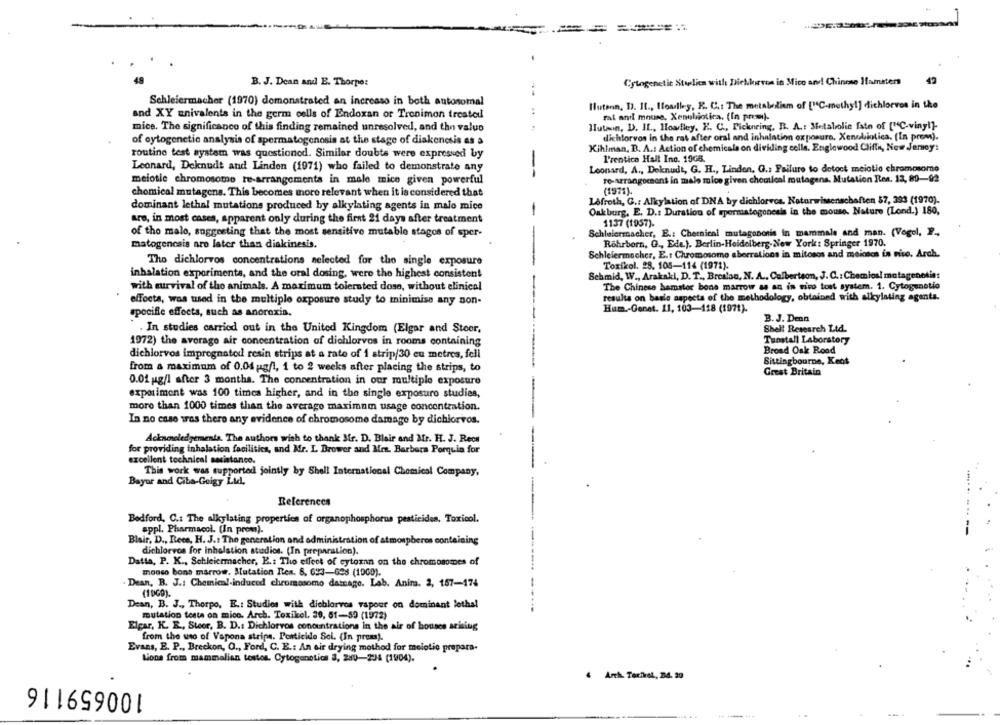
42
B. J. Dean and E. Thorpe:
Cytogenetic Stolica with Diehlorvos in Mico and Chinese Hamsters
Schleiermacher (1970) demonstrated an increase in both autosomal
Hutenn, D. It ., Hoadley, K. C .: The metabolism of ["C-methyl] dichlorvos in the
and XY univalents in the germ cells of Endoxan or Tronimon treatedl
:
ral and mouse, Xenobiotica. (In premi)-
mice. The significance of this finding remained unresolved, and the value
Hutan, D. IL ., Howtley. E. C ., Pickneing, B. A .: Metabolic fate of ["C-viny!]-
dichlorvos in the rat after oral and inhalation exposure, Xenobiotica. [In prom).
of cytogenetic analysis of spermatogenesis at the stage of diakencsis as a
Kihlman, B. A .: Action of chemicals on dividing cells. Englewood Cliffs, New Jersey:
routine test system was questioned. Similar doubts were expressed by
l'rentice Hail Ino. 19GB.
Leonard, Deknudt and Linden (1971) who failed to demonstrate any
--
Leonard, A ., Deknudt, G. H ., Linden. G .: Failure to dotoct meiotio chromosome
meiotic chromosome re-arrangements in male mice given powerful
ro-arrangocsont in malo mice given chemical mutagens. Mutation Res. 13, 89-92
chemical mutagene. This becomes more relevant when it is considered that
(1971).
Lefroth, G .: Alkylation of DNA by dichlorvos. Naturwissenschaften $7, 393 (1970).
dominant lethal mutations produced by alkylating agents in malo mice
Oakburg, E. D .: Duration of spermatogenesis in the mouse. Nature (Lend.) 180,
-
are, in most cases, apparent only during the first 21 days after treatment
1137 (1957).
Schleiermacher, E .: Chernical mutagenoris in mammals and man. (Vogel, P .,
of tho malo, suggesting that the most sensitive mutable stages of sper-
-
matogencais are later than diakinesis.
Röhrborn, G ., Ede.). Berlin-Heidelberg-New York: Springer 1970.
Schleiermacher, E.t Chromosome aberrations in mitosos and meioses in vivo. Arch.
Tho dichlorvos concentrations nelected for the single exposure
Toxikol. 28. 105-114 (1971).
inhalation experiments, and the oral dosing, were the highest consistent
Schmid, W ., Arakaki, D. T ., Brestan, N. A ., Calbertson, J. C .: Chemiosl mutagenetin:
with survival of the animals. A maximum tolerated dose, without elinical
The Chinese hamster bone marrow as an in vivo test system. 1. Cytogunotio
results on basie aspects of the methodology, obtained with alkylating agents.
effects, was tused in the multiple exposure study to minimise any non-
Hum .- Genet. 11, 103-418 (1071).
specific effects, such as anorexia.
B. J. Dean
. In studies carried out in the United Kingdom (Elgar and Stoor,
Shell Research Ltd.
Tunstall Laboratory
1972) the average air concentration of dichlorvos in rooms containing
-----
dichlorvos impregnated resin strips at a rate of 1 strip/30 eu metres, fell
Broad Oak Rood
Sittingbourne, Keot
from a maximum of 0.04 g/l, 1 to 2 weeks after placing the strips, to
Great Britain
0.01 ug/1 after 3 months. The concentration in our multiple exposure
--
experiment was 100 times higher, and in the single exposure studies,
more than 1000 times than the average maximum usage concentration.
In no caso was there any evidence of chromosome damage by dichlorvos.
Acknowledgements. The authors wish to thank Mir. D. Blair and Mr. H. J. Recs
for providing inhalation facilities, and Mr. L Brower and Mrs. Barbara Porquin for
excellent technical assistance.
This work was supported jointly by Shell International Chemical Company,
Bayer and Ciba-Geigy Lid,
References
Bedford, C .: The alkylating properties of organophosphorus pesticides. Toxicol.
appl. Pharmacol. (In prom).
Blair, D ., Rece, H. J .: The generation and administration of atmospheres containing
dichlorvos for inhalation studios. (In preparation).
Datta, P. K ., Schleiermacher, E .: The effect of cytozan on the chromosomes of
mooso bone marrow. Mutation Res. 8. 633-628 (1900).
Dean, B. J .: Chemical-induced chromosomo damage. Lab. Anina. 2, 157-174
Dean, B. J ., Thorpo, E .: Studies with dichlorvos rapour on dominant lothal
mutation testa on mico. Arch. Toxikel. 39, 61-50 (1972)
Elgar, K. R. Steer, B. D .: Dichlorvos concentrations in the air of houses arising
from the use of Vapona strips. Pesticide Sei. (In prem).
Evans, E. P ., Breckon, O ., Ford, C. E .: An air drying mothod for melotio prepara-
Lions from mammalian testes. Cytogenetics 3, 290-234 (1904).
100659116
4 Arth. Terfiret, 34. 20